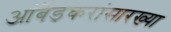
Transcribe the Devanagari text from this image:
आंबेडकरांसारख्या